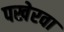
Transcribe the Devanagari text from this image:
पखेरवा